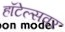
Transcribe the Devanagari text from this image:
हॉटेल्सवर